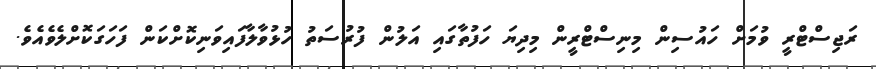
ރަޖިސްޓްރީ ވުމަށް ހައުސިން މިނިސްޓްރީން މިދިޔަ ހަފުތާގައި އަލުން ފުރުސަތު ހުޅުވާލާފައިވަނިކޮށްކަން ފަހަގަކޮށްލެވެއެވެ.